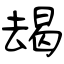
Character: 朅